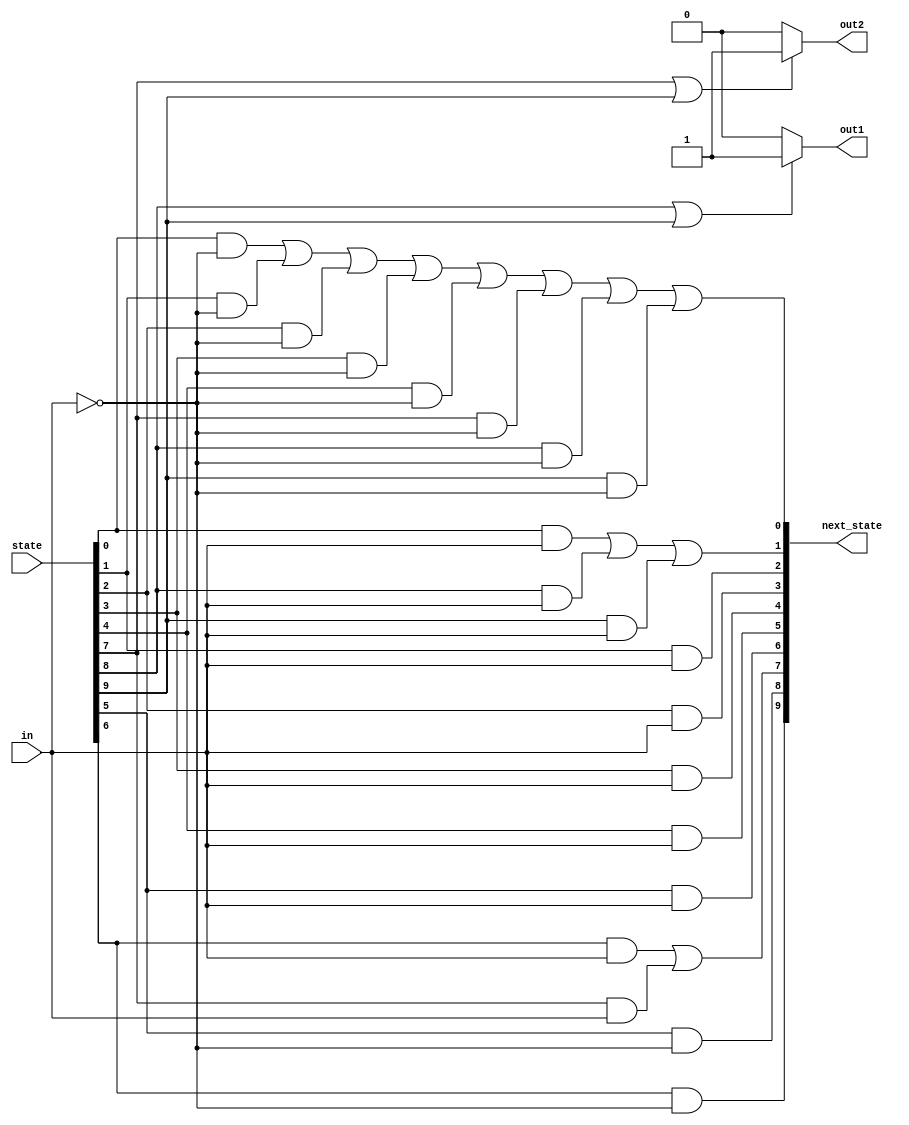
module top_module (
    input        in,
    input  [9:0] state,
    output [9:0] next_state,
    output       out1,
    output       out2
);

    /* state transition logic */
    assign next_state[0] = (state[0] & ~in) || (state[1] & ~in) || (state[2] & ~in) ||
        (state[3] & ~in) || (state[4] & ~in) || (state[7] & ~in) || (state[8] & ~in) ||
        (state[9] & ~in);
    assign next_state[1] = (state[0] & in) || (state[8] & in) || (state[9] & in);
    assign next_state[2] = state[1] & in;
    assign next_state[3] = state[2] & in;
    assign next_state[4] = state[3] & in;
    assign next_state[5] = state[4] & in;
    assign next_state[6] = state[5] & in;
    assign next_state[7] = (state[6] & in) || (state[7] & in);
    assign next_state[8] = state[5] & ~in;
    assign next_state[9] = state[6] & ~in;

    /* output logic */

    assign out1 = (state[8] == 1'b1 || state[9] == 1'b1) ? 1'b1 : 1'b0;
    assign out2 = (state[7] || state[9]) ? 1'b1 : 1'b0;
endmodule